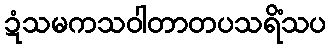
ဍံသမကသဝါတာတပသရိံသပ